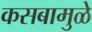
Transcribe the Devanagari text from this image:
कसबामुळे